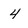
Character: 4